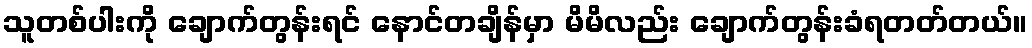
သူတစ်ပါးကို ချောက်တွန်းရင် နောင်တချိန်မှာ မိမိလည်း ချောက်တွန်းခံရတတ်တယ်။